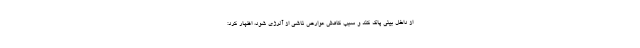
از داخل بینی پاک کند و سبب کاهش عوارض ناشی از آلرژی شود، اظهار کرد: